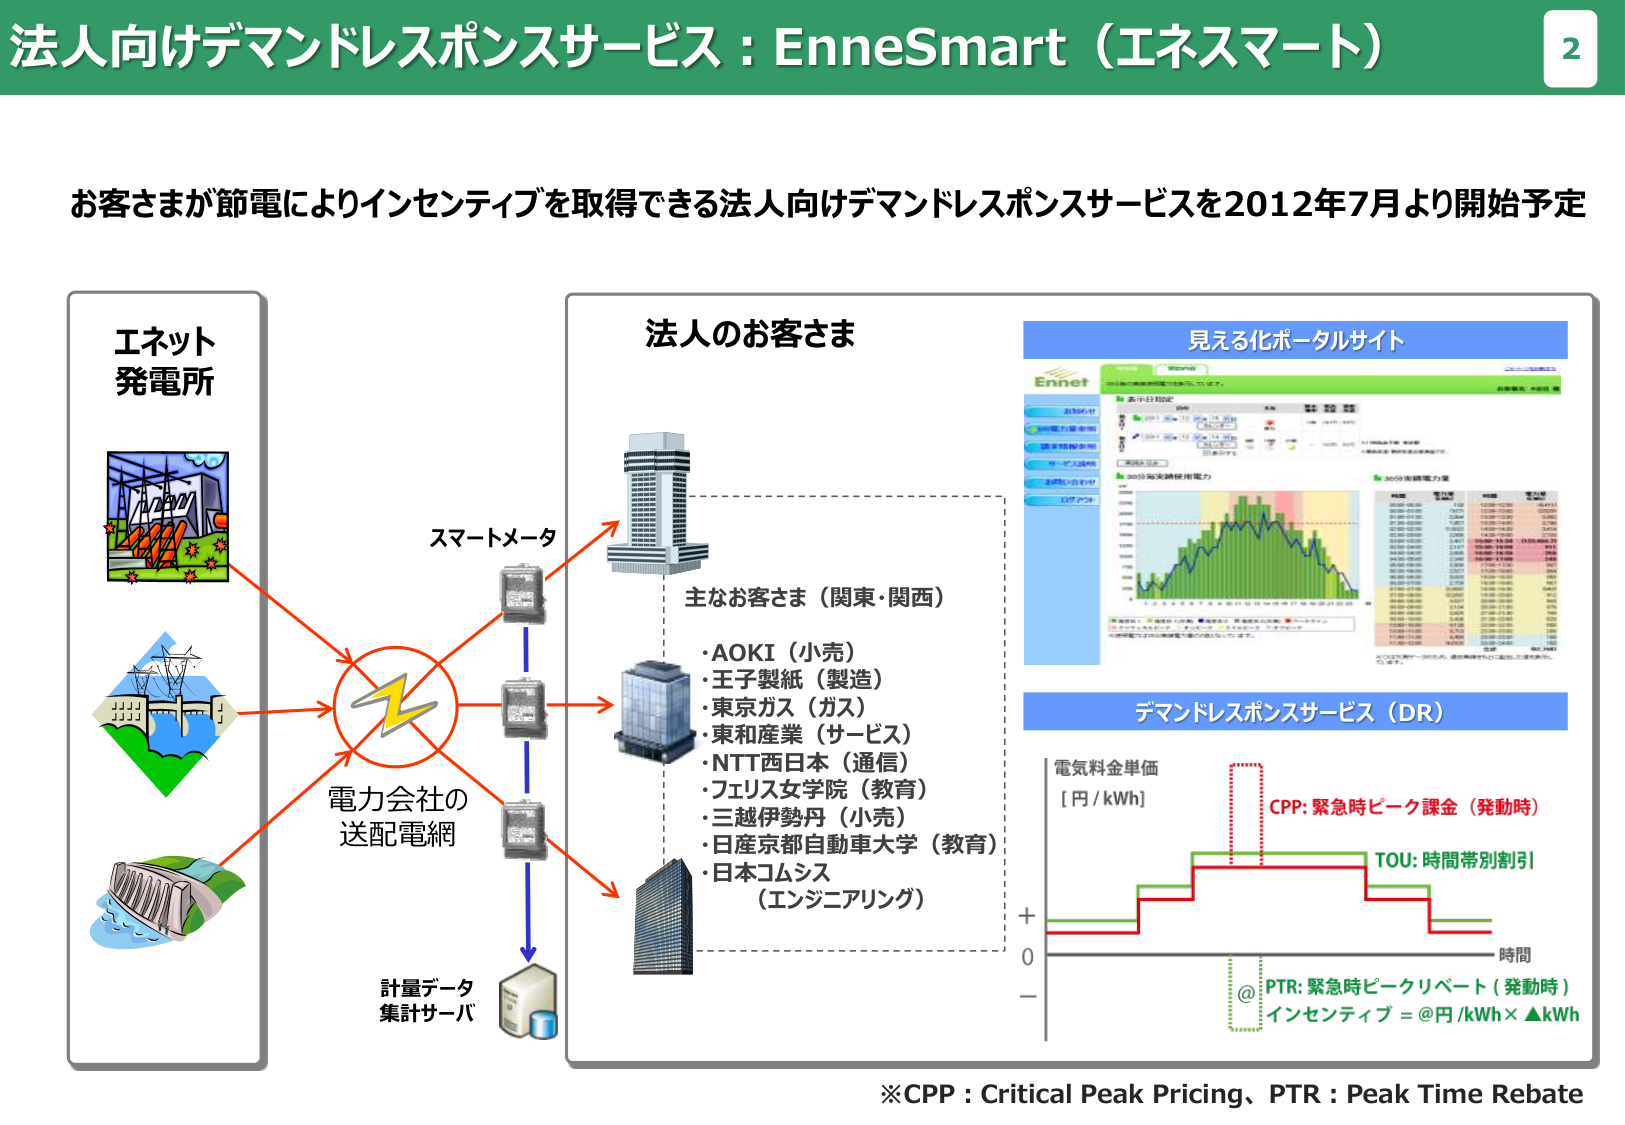
法人向けデマンドレスポンスサービス：EnneSmart（エネスマート）

お客さまが節電によりインセンティブを取得できる法人向けデマンドレスポンスサービスを2012年7月より開始予定

エネット
発電所

スマートメータ

電力会社の
送配電網

計量データ
集計サーバ

法人のお客さま

主なお客さま（関東・関西）
・AOKI（小売）
・王子製紙（製造）
・東京ガス（ガス）
・東和産業（サービス）
・NTT西日本（通信）
・フェリス女学院（教育）
・三越伊勢丹（小売）
・日産京都自動車大学（教育）
・日本コムシス
（エンジニアリング）

見える化ポータルサイト

Ennet

お知らせ
計量データ集計
電力使用状況
データ公開
お問い合わせ
ログアウト

表示日指定

30分毎実績使用電力

30分実績電力量

デマンドレスポンスサービス（DR）

電気料金単価
[円/kWh]

CPP: 緊急時ピーク課金（発動時）

TOU: 時間帯別割引

時間

@ PTR: 緊急時ピークリベート（発動時）
インセンティブ = @円/kWh × ▲kWh

※CPP：Critical Peak Pricing、PTR：Peak Time Rebate